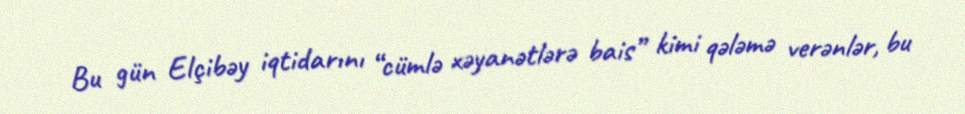
Bu gün Elçibəy iqtidarını “cümlə xəyanətlərə bais” kimi qələmə verənlər, bu